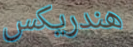
هندريكس